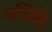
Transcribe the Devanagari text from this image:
वसिष्ठे